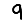
Digit: 9